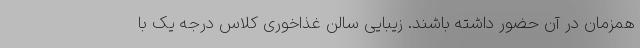
همزمان در آن حضور داشته باشند. زیبایی سالن غذاخوری کلاس درجه یک با